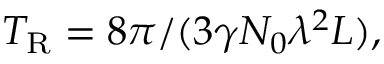
T _ { \mathrm { R } } = 8 \pi / ( 3 \gamma N _ { 0 } \lambda ^ { 2 } L ) ,